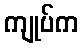
ကျုပ်က